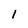
Character: 1